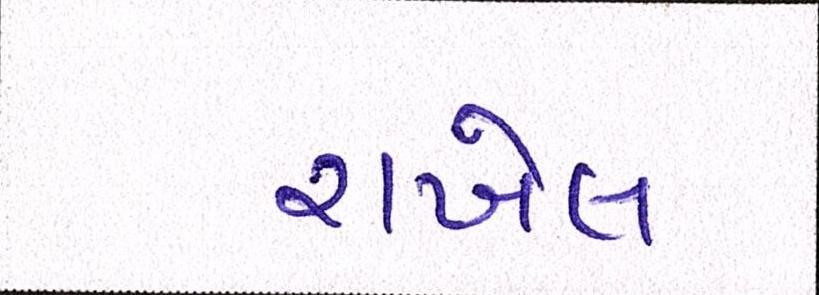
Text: રાખેલ